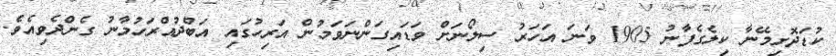
ކުޑަދޮށިމޭނާ ކިލެގެފާނު 1905 ވަނަ އަހަރު ސިލޯނަށް ވަޑައިގަންނަވަމުން އަރިހުގައި އަބްދުއްރަހުމާނު ގެންދެވިއެވެ.